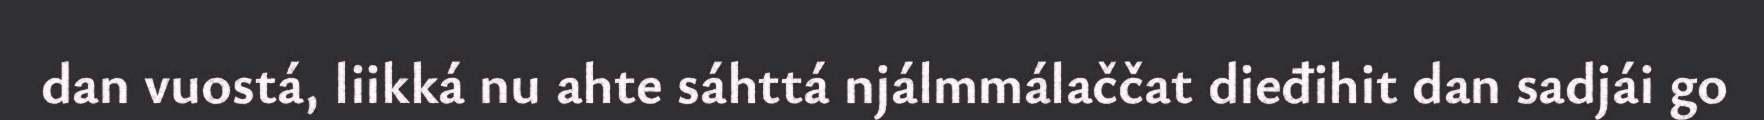
dan vuostá, liikká nu ahte sáhttá njálmmálaččat dieđihit dan sadjái go